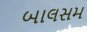
બાલસમ